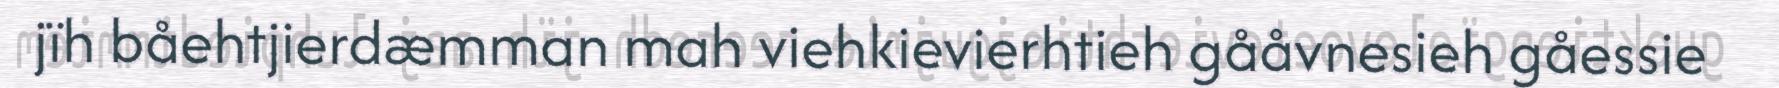
jïh båehtjierdæmman mah viehkievierhtieh gååvnesieh gåessie